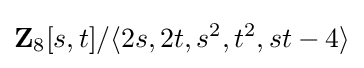
\mathbf {Z} _{8}[s,t]/\langle 2s,2t,s^{2},t^{2},st-4\rangle